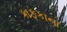
કાફકાના